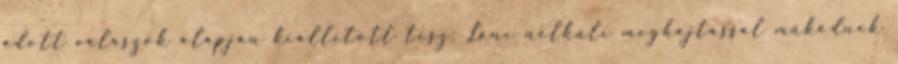
adott válaszok alapján kiállított tesz. Lánc nélküli meghajtással működnek